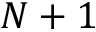
N + 1